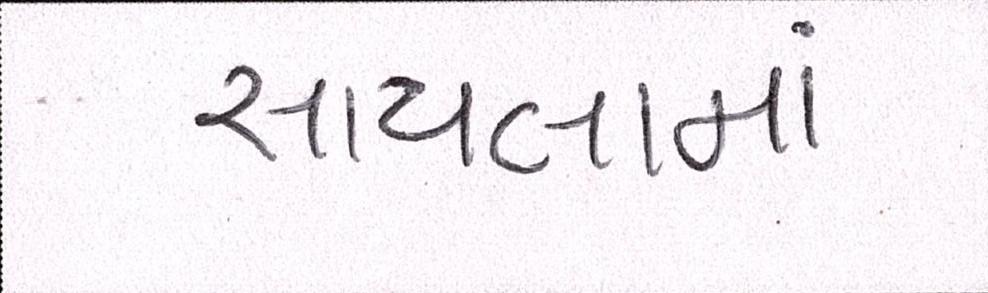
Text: સાયલાનાં